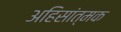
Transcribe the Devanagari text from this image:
अहिसांत्मक